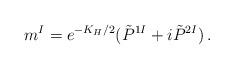
LaTeX: \begin{align*}m^I=e^{-K_H/2}(\tilde P^{1I}+i\tilde P^{2I})\, .\end{align*}